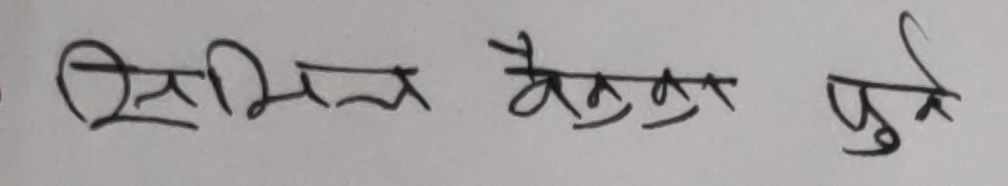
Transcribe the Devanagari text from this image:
सिभिल वैकुण्ठ पुरे